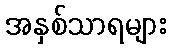
အနှစ်သာရများ